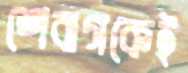
শেবাগকেই